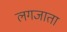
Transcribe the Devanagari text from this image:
लगजाता